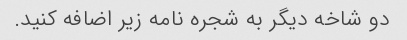
دو شاخه دیگر به شجره نامه زیر اضافه کنید.